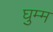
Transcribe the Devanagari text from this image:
घुम्म